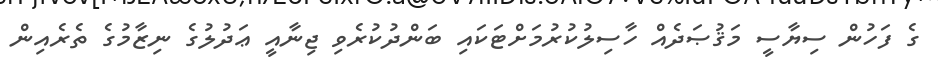
ގެ ފަހުން ސިޔާސީ މަޤުޞަދެއް ހާސިލުކުރުމަށްޓަކައި ބަންދުކުރެވި ޖިނާއީ ޢަދުލުގެ ނިޒާމުގެ ތެރެއިން